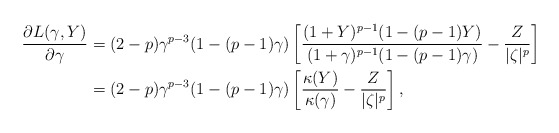
\begin{align*} \frac{\partial L(\gamma,Y)}{\partial \gamma}&=(2-p)\gamma^{p-3}(1-(p-1)\gamma)\left[\frac{(1+Y)^{p-1}(1-(p-1)Y)}{(1+\gamma)^{p-1}(1-(p-1)\gamma)}-\frac{Z}{|\zeta|^p}\right]\\ &=(2-p)\gamma^{p-3}(1-(p-1)\gamma)\left[\frac{\kappa(Y)}{\kappa(\gamma)}-\frac{Z}{|\zeta|^p}\right], \end{align*}